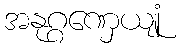
အနုဂ္ဂဏှေယျုံ